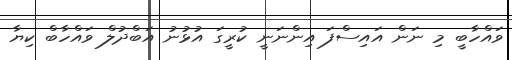
ވައްހާބީ މި ނަން އައިސްފަ އިންނަނީ ކުރީގަ އުޅުނު އަބްދުލް ވައްހާބް ކިޔާ